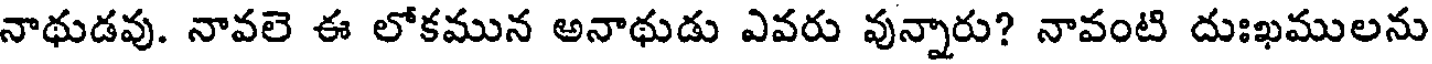
నాథుడవు. నావలె ఈ లోకమున అనాథుడు ఎవరు వున్నారు? నావంటి దుఃఖములను